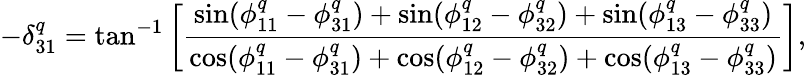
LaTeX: -\delta_{31}^{q}=\tan^{-1}\left[\displaystyle{\frac{\sin(\phi_{11}^{q}-\phi_{31}^{q})+\sin(\phi_{12}^{q}-\phi_{32}^{q})+\sin(\phi_{13}^{q}-\phi_{33}^{q})}{\cos(\phi_{11}^{q}-\phi_{31}^{q})+\cos(\phi_{12}^{q}-\phi_{32}^{q})+\cos(\phi_{13}^{q}-\phi_{33}^{q})}}\right],